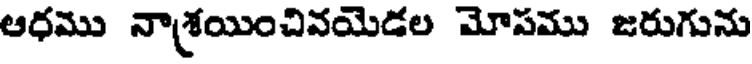
ఆధము నాశ్రయించివయెడల మోపము జరుగును